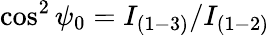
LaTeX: \cos^{2}\psi_{0}=I_{(1-3)}/I_{(1-2)}